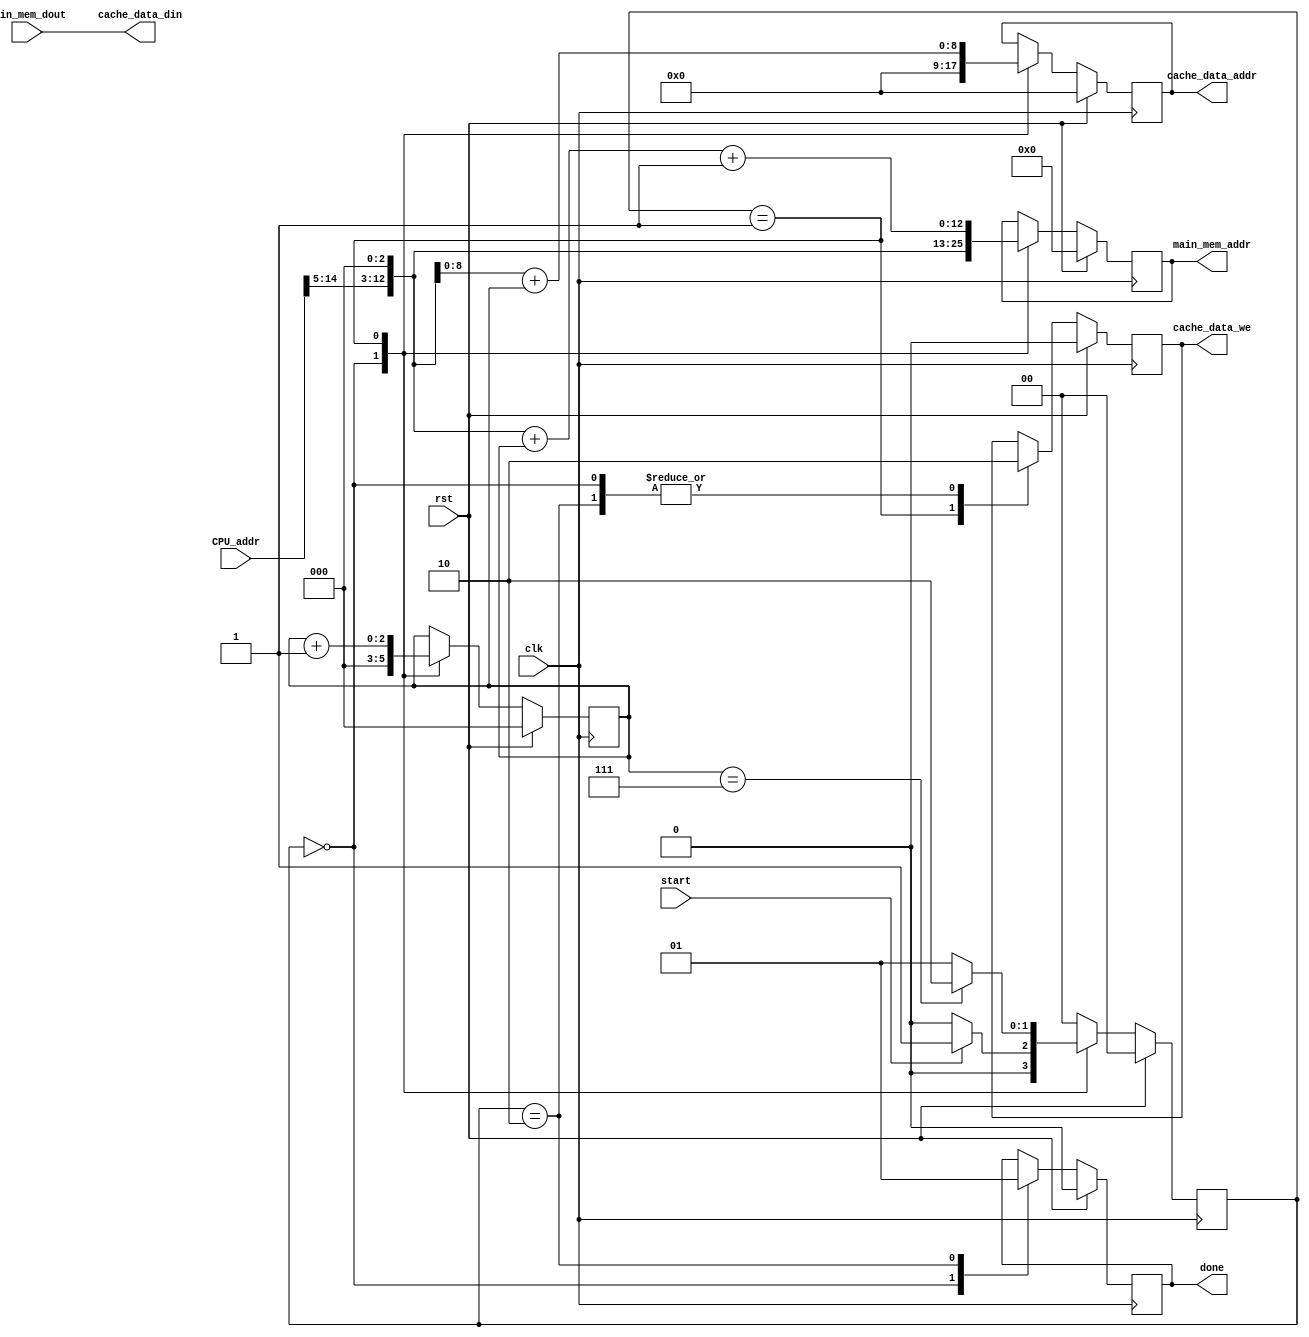
module allocate(
input wire          clk,
input wire          rst,
input wire [31:0]   CPU_addr,
input wire [31:0]   main_mem_dout,
output reg [12:0]   main_mem_addr,
output reg [8:0]    cache_data_addr,
output wire [31:0]   cache_data_din,
output reg          cache_data_we,
input wire          start,
output reg          done
    );
    
    reg [1:0]       current_state, next_state;
    reg [2:0]       counter;
    wire [5:0]      CPU_addr_index;
    
    assign CPU_addr_index = CPU_addr[10:5];
    
    localparam  IDLE = 2'd0, TRANSFER = 2'd1, DONE = 2'd2;
    
    assign cache_data_din = main_mem_dout;
    /* first stage */
    always @(posedge clk)
    begin
        if( rst )
            current_state <= IDLE;
        else
            current_state <= next_state;
    end
    
    /* second stage */
    always @(*)
    begin
        next_state = IDLE;
        case( current_state )
        IDLE:   begin
                    if( start )
                        next_state =  TRANSFER;
                    else
                        next_state = IDLE;
                end
        TRANSFER:   begin
                        if( counter == 3'b111)
                            next_state = DONE;
                        else
                            next_state = TRANSFER;
                    end
        DONE: next_state = IDLE;
        default: next_state = IDLE;
        endcase
    end
    
    /* third stage */
    always @(posedge clk)
    begin
        if( rst )
        begin
            counter <= 0;
            done <= 0;
            cache_data_addr <= 0;
            cache_data_we <= 0;
            main_mem_addr <= 0;
        end
        else
        begin
            case( current_state )
            IDLE:   begin
                        counter <= 0;
                        done <= 0;
                        cache_data_addr <= 0;
                        cache_data_we <= 0;
                        main_mem_addr <= (CPU_addr[31:5] << 3);
                    end
            TRANSFER:   begin
                            counter <= counter + 1;
                            main_mem_addr <= (CPU_addr[31:5] << 3) + counter + 1;
                            cache_data_we <= 1;
                            cache_data_addr <= (CPU_addr_index << 3) + counter;
                        end
            DONE:     begin
                        cache_data_we <= 0;  
                        done <= 1'b1;
                     end
            endcase
        end
    end
    
endmodule